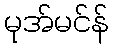
မုအ်မင်န်